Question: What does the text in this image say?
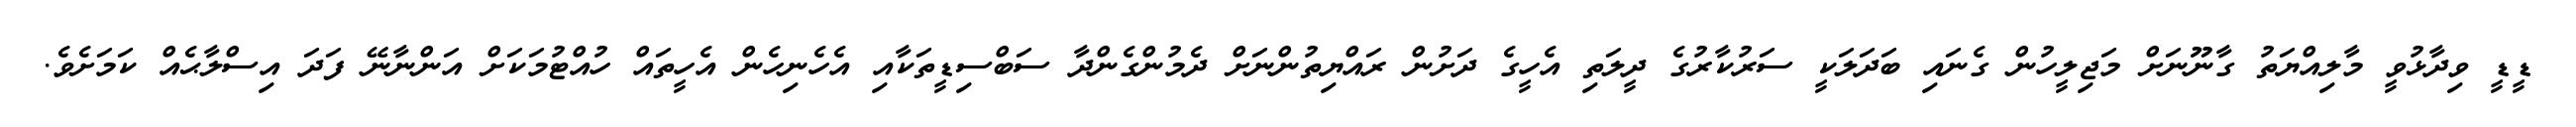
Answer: ޑީޑީ ވިދާޅުވީ މާލިއްޔަތު ގާނޫނަށް މަޖިލީހުން ގެނައި ބަދަލަކީ ސަރުކާރުގެ ދީލަތި އެހީގެ ދަށުން ރައްޔިތުންނަށް ދެމުންގެންދާ ސަބްސިޑީތަކާއި އެހެނިހެން އެހީތައް ހުއްޓުމަކަށް އަންނާނޭ ފަދަ އިސްލާޙެއް ކަމަށެވެ.